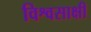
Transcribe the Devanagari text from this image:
विश्वसाक्षी